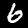
Label: 6